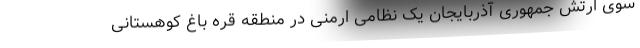
سوی ارتش جمهوری آذربایجان یک نظامی ارمنی در منطقه قره باغ کوهستانی